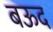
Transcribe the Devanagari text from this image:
बऊद